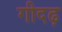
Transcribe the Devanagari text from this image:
गीदढ़